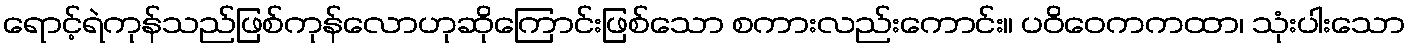
ရောင့်ရဲကုန်သည်ဖြစ်ကုန်လောဟုဆိုကြောင်းဖြစ်သော စကားလည်းကောင်း။ ပဝိဝေကကထာ၊ သုံးပါးသော